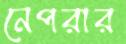
নেপরার